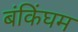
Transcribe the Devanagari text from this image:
बंकिंघम